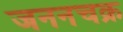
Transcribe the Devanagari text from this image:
जननचक्र